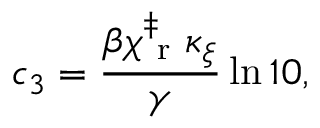
c _ { 3 } = \frac { \beta \chi _ { \mathrm { ~ r ~ } } ^ { \ddag } \kappa _ { \xi } } { \gamma } \ln 1 0 ,